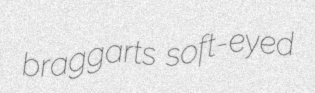
braggarts soft-eyed